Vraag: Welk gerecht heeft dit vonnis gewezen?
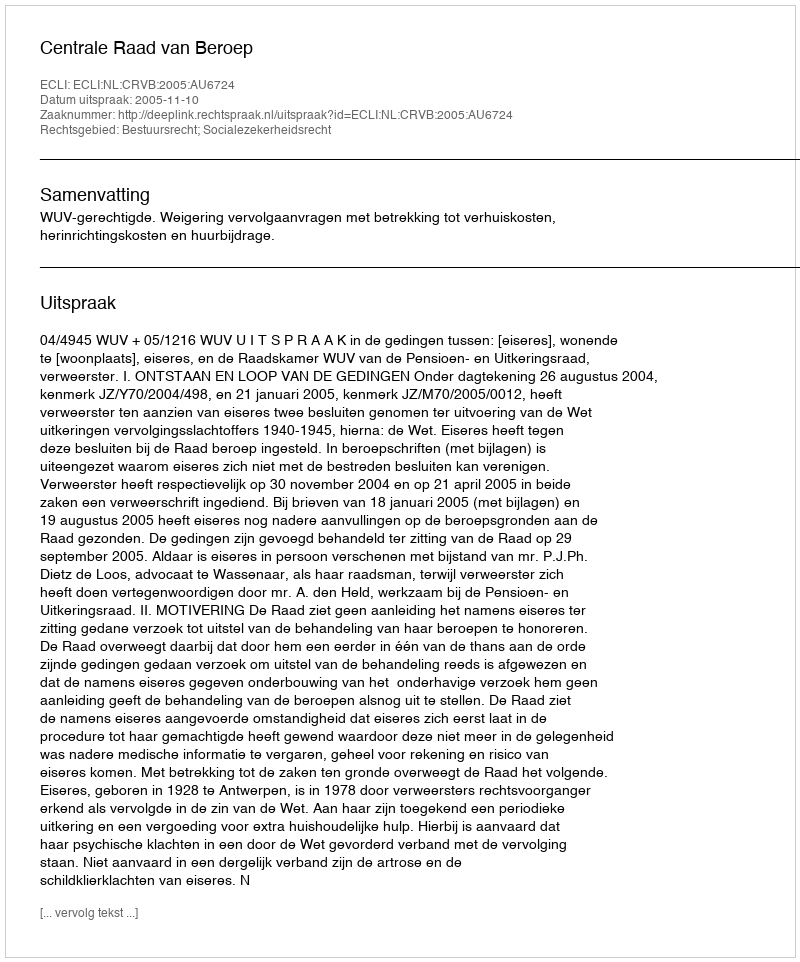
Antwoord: Centrale Raad van Beroep